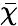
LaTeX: \bar{\chi}